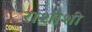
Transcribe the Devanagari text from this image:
राशीशी